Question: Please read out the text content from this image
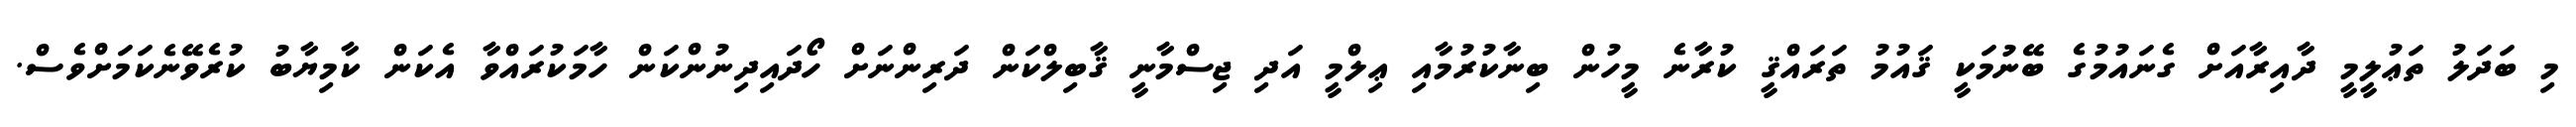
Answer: މި ބަދަލު ތަޢުލީމީ ދާއިރާއަށް ގެނައުމުގެ ބޭނުމަކީ ޤައުމު ތަރައްޤީ ކުރާނެ މީހުން ބިނާކުރުމާއި ޢިލްމީ އަދި ޖިސްމާނީ ޤާބިލްކަން ދަރިންނަށް ހޯދައިދިނުންކަން ހާމަކުރައްވާ އެކަން ކާމިޔާބު ކުރެވޭނެކަމަށްވެސް.